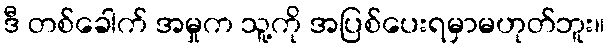
ဒီ တစ်ခေါက် အမှုက သူ့ကို အပြစ်ပေးရမှာမဟုတ်ဘူး။